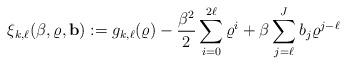
LaTeX: \begin{align*} \xi_{k,\ell} (\beta, \varrho, \mathbf{b}) := g_{k,\ell}(\varrho) - \frac{\beta^2}{2} \sum_{i=0}^{2\ell} \varrho^i + \beta \sum_{j=\ell}^{J} b_{j} \varrho^{j-\ell} \end{align*}